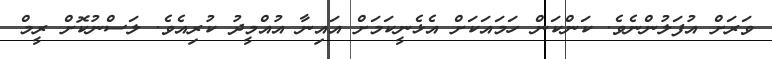
ވަރަށް އުފަލުންނެވެ. ކަންކަން ހަމައަކަށް އެޅެނީކަމަށް އައިނާ އުއްމީދު ކުރިއެވެ. ލަސްނުކޮށް ރީމް